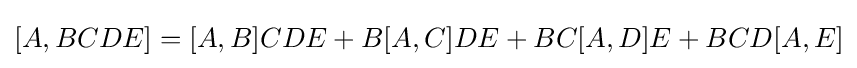
[A,BCDE]=[A,B]CDE+B[A,C]DE+BC[A,D]E+BCD[A,E]